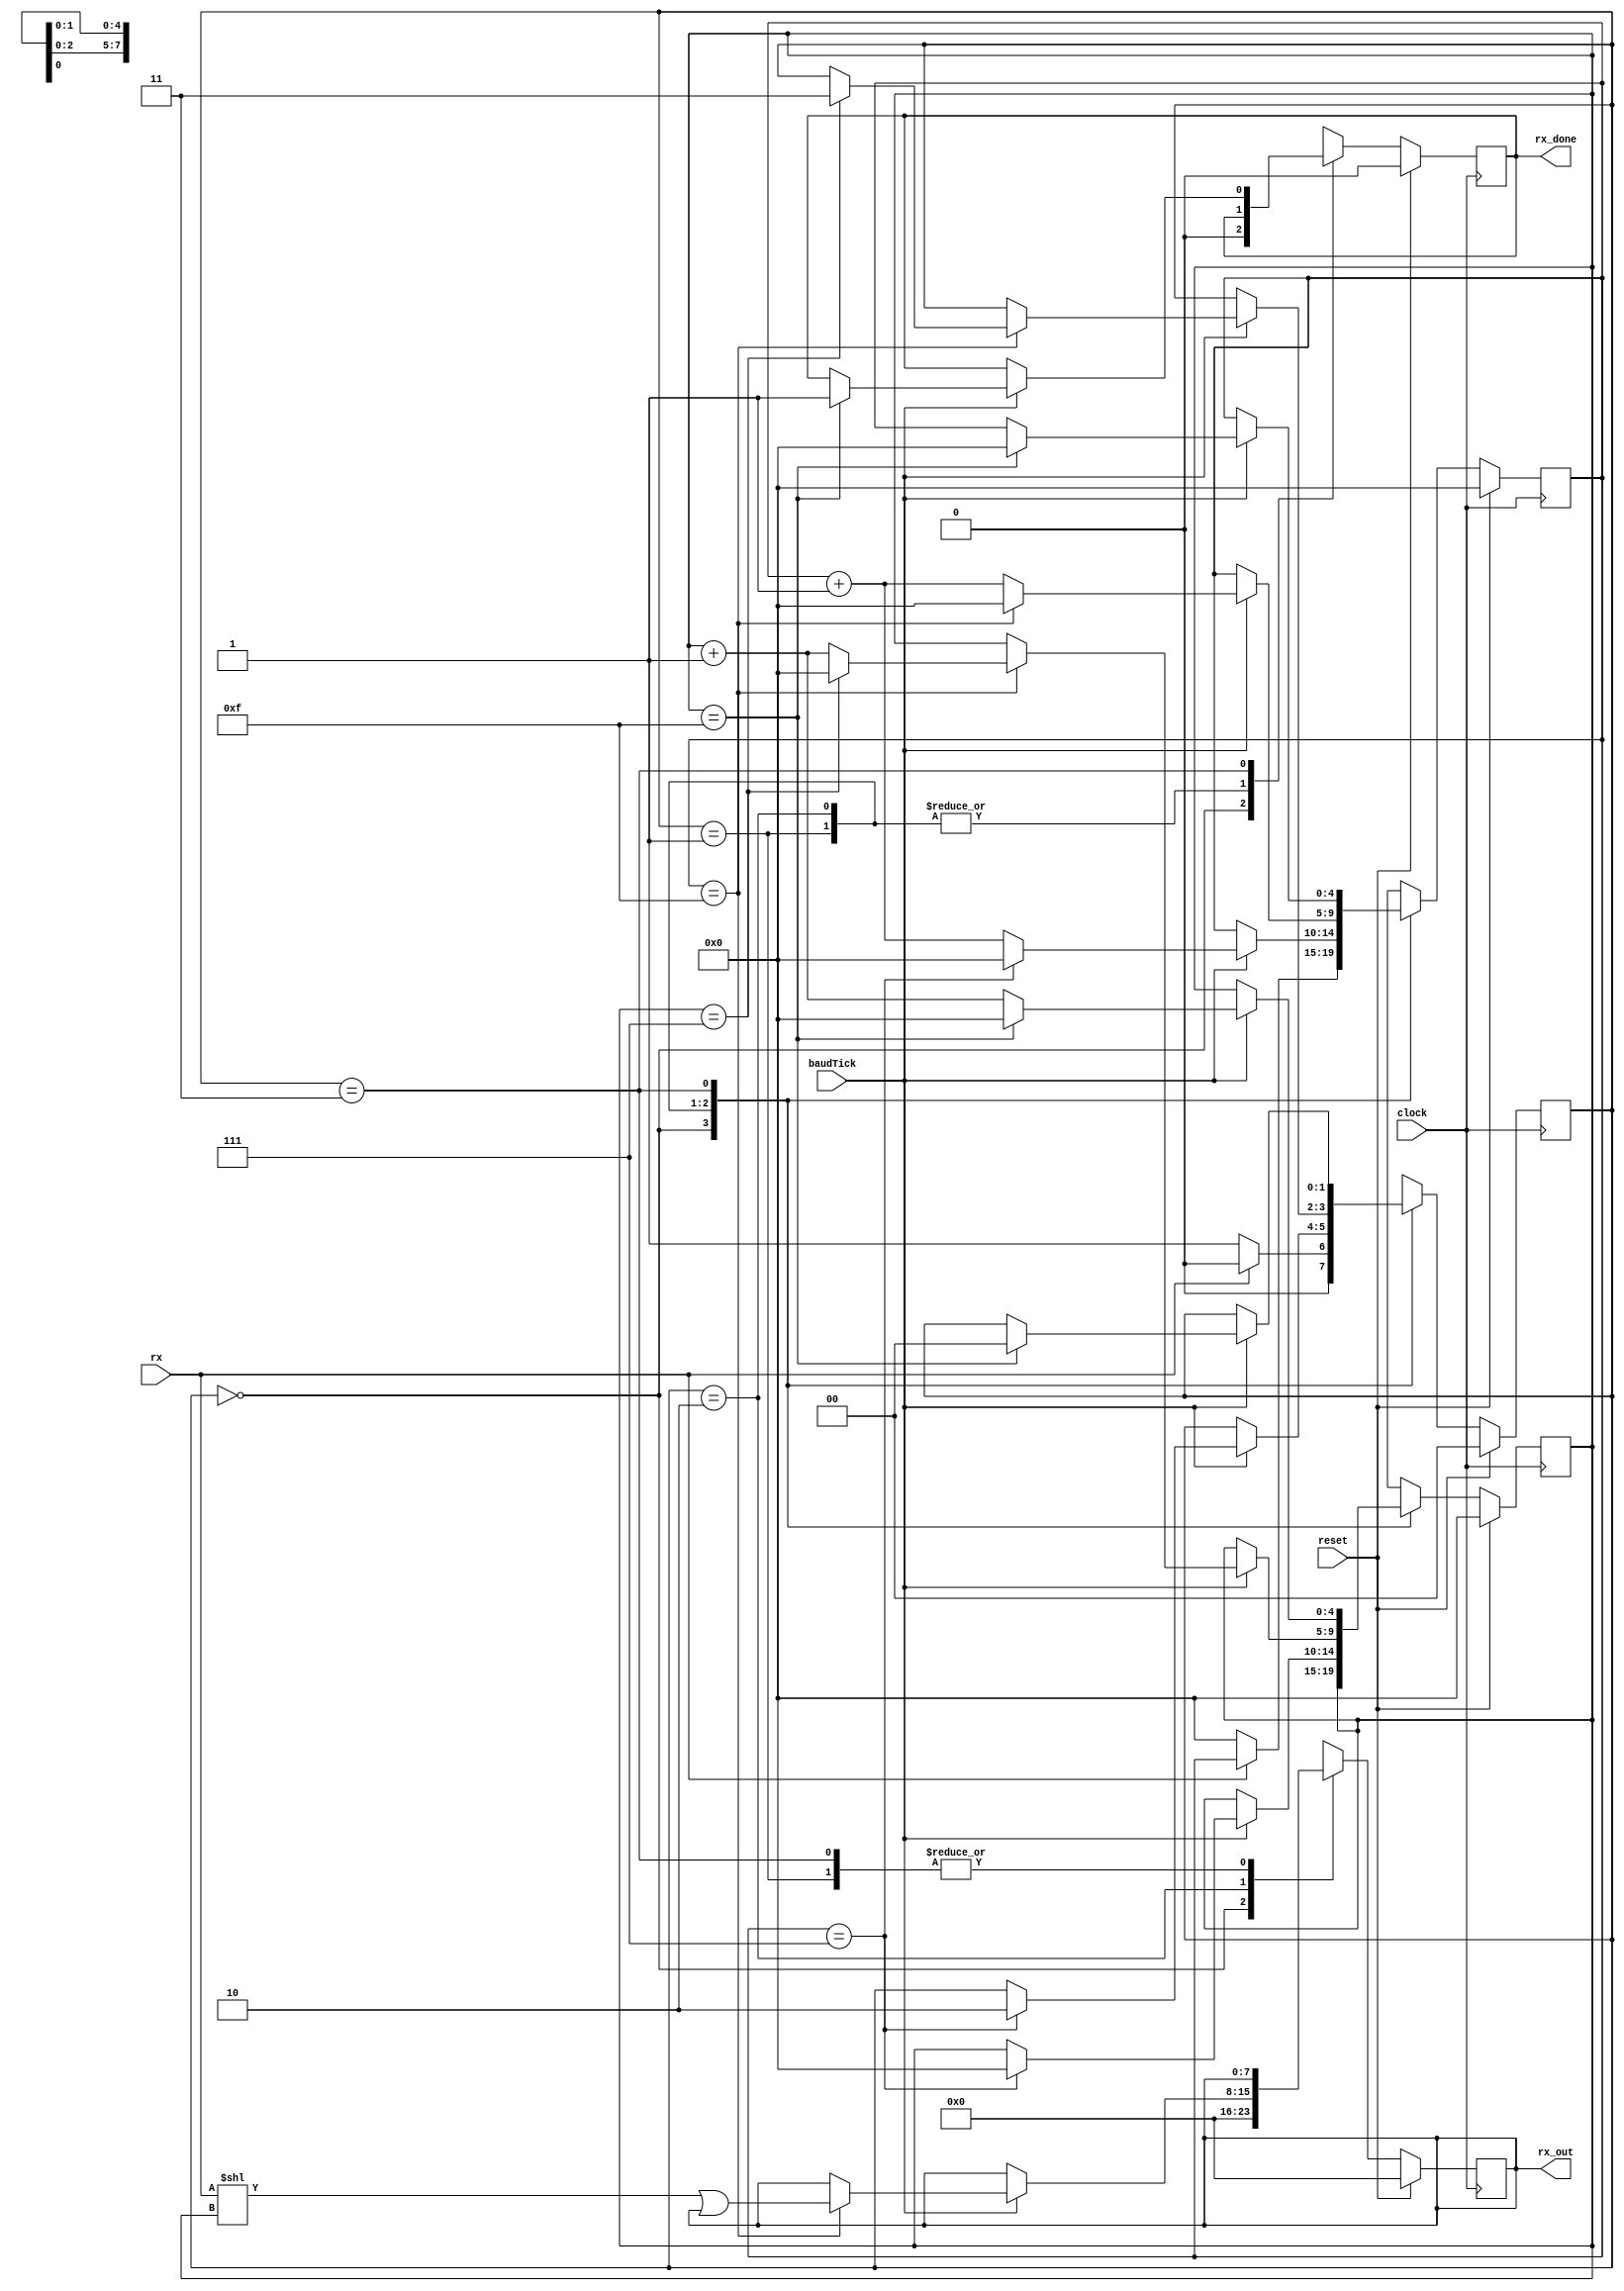
`timescale 1ns / 1ps

module Receiver(

input clock,
input reset,
input baudTick,
input rx,
output reg [7:0] rx_out,
output reg rx_done

    );

reg [1:0] state;
reg [4:0] s;
reg [4:0] n;

parameter idle = 2'b00;
parameter start = 2'b01;
parameter data = 2'b10;
parameter stop = 2'b11;

always @(negedge clock) begin
    
    if(reset) begin
        state = idle;
        rx_done=0;
        rx_out=8'd0;
        s=4'd0;
        n=4'd0;
    end
    else begin    
        case(state)
            idle: begin
                rx_done=0;   
                rx_out=8'd0;                            
                if(rx==0) begin
                    state=start;
                    s=0;
                end
                else begin
                    state=idle;  
                end
              end
              
            start: begin
                if(baudTick==1) begin
                    if(s==7) begin
                        s=4'd0;
                        n=4'd0;
                        state = data;
                  end            
                  else begin
                        s=s+1;                
                   end
                 end
            end                     
            data : begin              
               if(baudTick==1) begin                
                   if(s==15) begin
                         rx_out=(rx<<n)|(rx_out);  
                         s=4'd0;                      
                         if(n==7) begin 
                            state = stop;
                            n=4'd0;
                         end                         
                         else n=n+1;                                                                          
                   end 
                   else begin 
                        s=s+1;
                   end                                      
                end
            end 
            stop: begin
                 if(baudTick==1) begin
                    if(n==15) begin
                        n=4'd0;
                        s=4'd0;
                        state=idle;
                        rx_done=1'b1;
                    end
                    else begin
                        n=n+1;
                    end
                 end                                    
            end               
         endcase                                                  
    end
end


endmodule